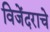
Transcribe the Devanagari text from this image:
विजेंदराचे